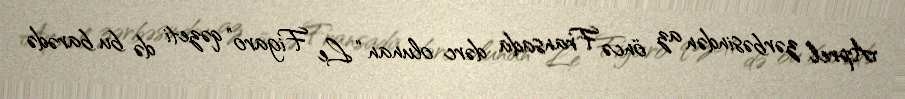
Aprel zərbəsindən az öncə Fransada dərc olunan “Le Figaro” qəzeti də bu barədə